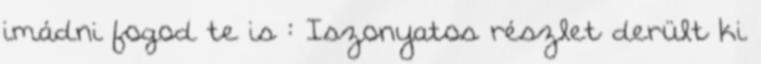
imádni fogod te is : Iszonyatos részlet derült ki